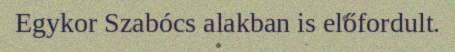
Egykor Szabócs alakban is előfordult.